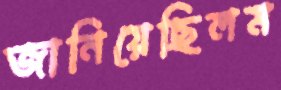
জানিয়েছিলম